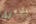
مشاعرى